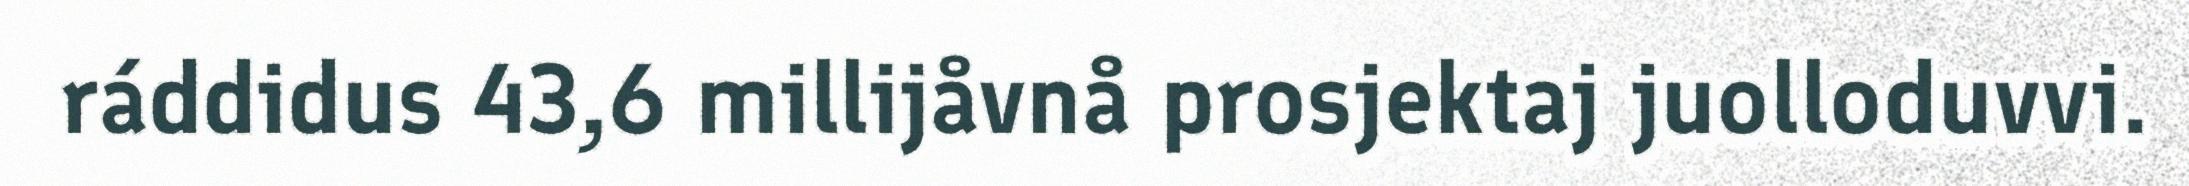
ráddidus 43,6 millijåvnå prosjektaj juolloduvvi.